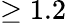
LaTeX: \geq 1.2